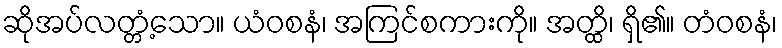
ဆိုအပ်လတ္တံ့သော။ ယံဝစနံ၊ အကြင်စကားကို။ အတ္ထိ၊ ရှိ၏။ တံဝစနံ၊